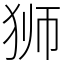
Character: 狮